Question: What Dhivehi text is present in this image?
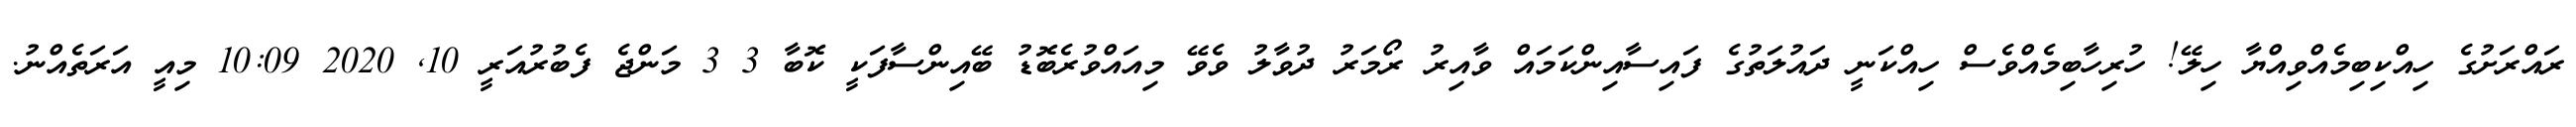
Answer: ރައްރަށުގެ ހިއްކިބިމެއްވިއްޔާ ހިލޭ! ހުރިހާބިމެއްވެސް ހިއްކަނީ ދައުލަތުގެ ފައިސާއިންކަމައް ވާއިރު ރޯމަރު ދުވާލު ވެވޭ މިއައްވުރެބޮޑު ބޭއިންސާފަކީ ކޮބާ 3 3 މަންޖެ ފެބުރުއަރީ 10, 2020 10:09 މިއީ އަރަތެއްނު.